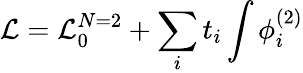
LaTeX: {\cal L}={\cal L}_{0}^{N=2}+\sum_{i}t_{i}\int\phi_{i}^{(2)}